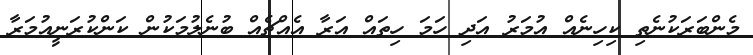
މެންބަރަކުނެތި ކިހިނެއް އުމަރު އަދި ހަމަ ހިތައް އަރާ އެއްޗެއް ބުނެލުމަކުން ކަންކުރަނީއުމަރާ